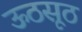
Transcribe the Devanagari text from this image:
ऊठसूठ